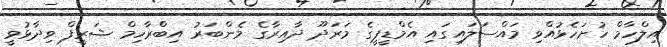
އިލްހާމް ހުށަހެޅުއްވި މައްސަލައިގައި އެމްޑީޕީގެ މަރަދޫ ދާއިރާގެ މެންބަރު އިބްރާހިމް ޝަރީފް ވިދާޅުވީ